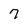
Character: 7